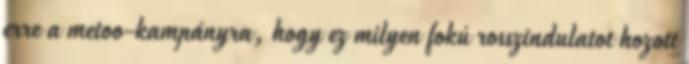
erre a metoo-kampányra, hogy ez milyen fokú rosszindulatot hozott